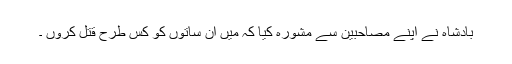
بادشاہ نے اپنے مصاحبین سے مشورہ کیا کہ میں ان ساتوں کو کس طرح قتل کروں ۔